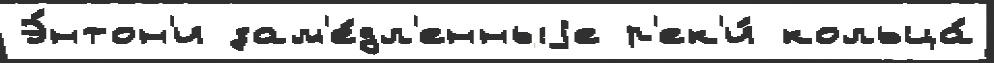
Э́нтон'и зам'е́дл'енныjе р'ек'и́ кольца́